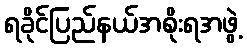
ရခိုင်ပြည်နယ်အစိုးရအဖွဲ့